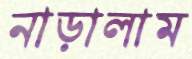
নাড়ালাম